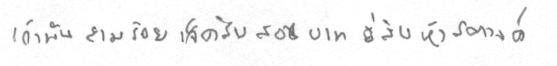
เก้าพันสามร้อยเจ็ดสิบสองบาทยี่สิบห้าสตางค์